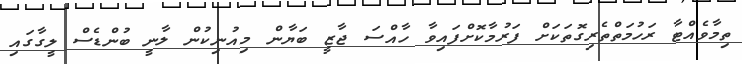
ތިމާވެއްޓާ ރަހުމަތްތެރިގޮތަކަށް ފަރުމާކޮށްފައިވާ ހާއްސަ ޖާޒީ ބަޔާން މިއުނިކުން ލާނީ ބުންޑެސް ލީގާގައި